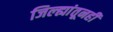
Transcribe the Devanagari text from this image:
जिल्ह्यांतूनही